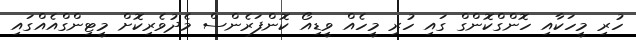
ހުރި މީހަކާއި ހޮންގްކޮންގް ގައި ހުރި މީހެއް ވީޑިއޯ ކޮންފަރެންސް މެދުވެރިކޮށް މީޓިންގްއެއްގައި